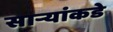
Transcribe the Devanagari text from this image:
सार्‍यांकडे